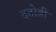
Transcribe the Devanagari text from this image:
दतोडी